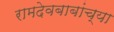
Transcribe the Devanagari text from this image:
रामदेवबाबांच्या